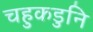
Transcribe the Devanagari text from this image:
चहुकडुनि